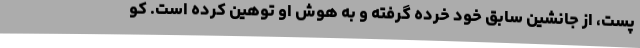
پست، از جانشین سابق خود خرده گرفته و به هوش او توهین کرده است. کو